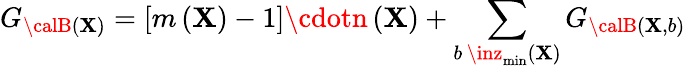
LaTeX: G_{{\calB}\left(\mathbf{X}\right)}=\left[m\left(\mathbf{X}\right)-1\right]\cdotn\left(\mathbf{X}\right)+\sum_{b\, \inz_{\operatorname*{min}}\left(\mathbf{X}\right)}G_{{\calB}\left(\mathbf{X},b\right)}